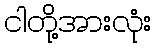
ငါတို့အားလုံး